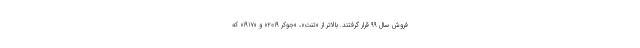
فروش سال ۹۹ قرار گرفتند. بالاتر از «تنت»، «جوکر ۲۰۱۹» و «۱۹۱۷» که